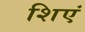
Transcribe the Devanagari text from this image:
शिएं